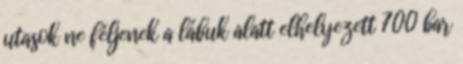
utasok ne féljenek a lábuk alatt elhelyezett 700 bar